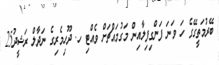
ބޭރުމަތީގޭގެ ހަ ވަނަ ފަންގިފިލާއިން މަގުމައްޗަށް ވެއްޓި ހ. ދޫހިމެރިގެ ނަދާލް ރަޝީދު25